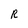
Character: R